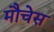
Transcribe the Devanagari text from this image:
मौचेस